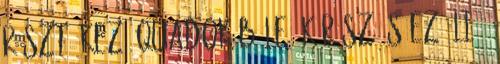
részt. kező quadok b le, kárász és ezü llő,